Statistical return of the lunatic asylum in Assam - 1912-1932
Year: 1912
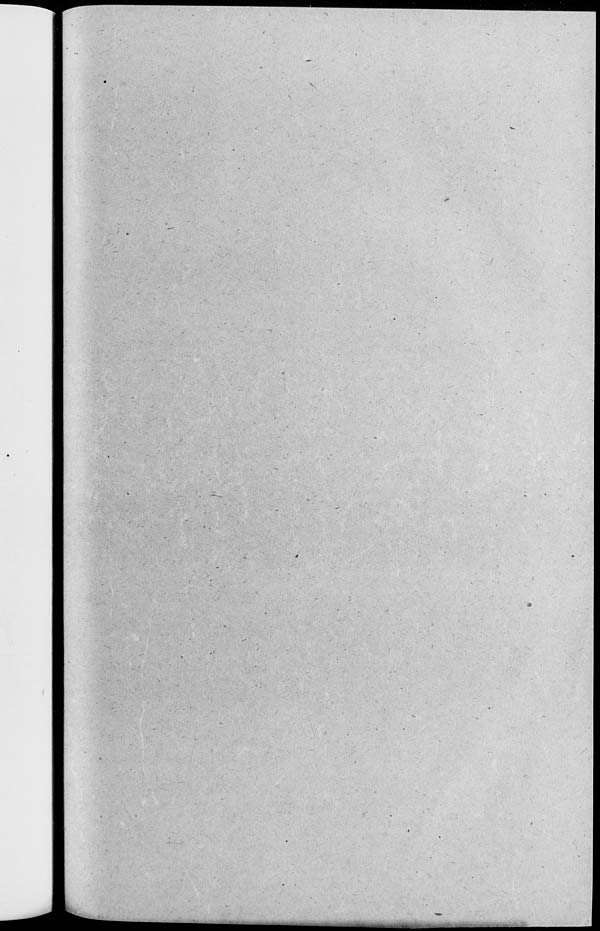
^m^jgl^^^jiy^i^iiiiM^u